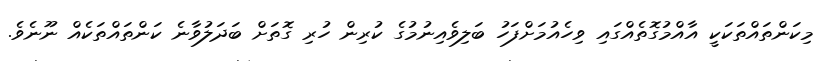
މިކަންތައްތަކަކީ އާއްމުގޮތެއްގައި ވިހެއުމަށްފަހު ބަލިވެއިނުމުގެ ކުރިން ހުރި ގޮތަށް ބަދަލުވާނެ ކަންތައްތަކެއް ނޫނެވެ.